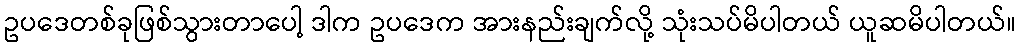
ဥပဒေတစ်ခုဖြစ်သွားတာပေါ့ ဒါက ဥပဒေက အားနည်းချက်လို့ သုံးသပ်မိပါတယ် ယူဆမိပါတယ်။